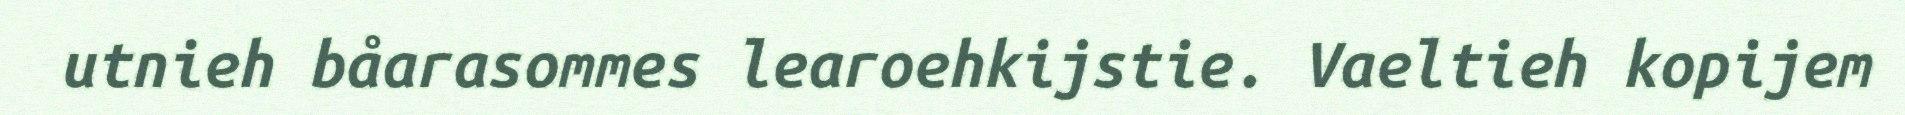
utnieh båarasommes learoehkijstie. Vaeltieh kopijem